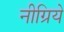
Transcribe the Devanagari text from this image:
नीग्रिये